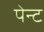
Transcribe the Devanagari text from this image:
पेन्‍ट